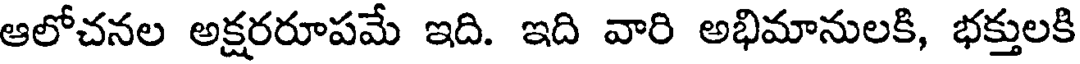
ఆలోచనల అక్షరరూపమే ఇది. ఇది వారి అభిమానులకి, భక్తులకి